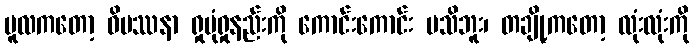
မူလကတော့ ဝိပဿနာ ရှုပုံရှုနည်းကို ကောင်းကောင်း မသိဘူး၊ တချို့ကတော့ လုံးလုံးကို